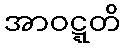
အာဝဋ္ဋတိ